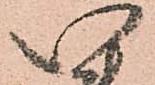
い